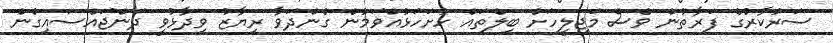
ސަރުކާރުގެ ފަރާތުން ވެސް މަޖިލީހަށް ބިލްތައް ހުށަހަޅުއްވަމުން ގެންދަވާ ރިޔާޒު ވިދާޅުވީ ދަންޖައްސައިގެން